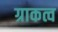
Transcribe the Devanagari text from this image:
ग्राकत्व